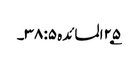
۲۵؂المائدہ ۵: ۳۸۔